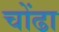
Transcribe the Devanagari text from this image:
चोंढा